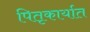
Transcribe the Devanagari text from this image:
पितृकार्यात